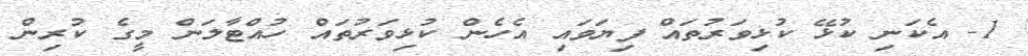
1- އެކަނި ކުޅޭ ކުޅިވަރުތައް ފިޔަވައި އެހެން ކުޅިވަރުތައް ހުއްޓާލަން މީގެ ކުރިން